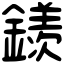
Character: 𨬢